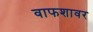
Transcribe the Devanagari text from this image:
वाफशावर